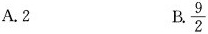
A.2 B \frac{9}{2}